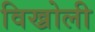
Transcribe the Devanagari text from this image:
विख्रोली